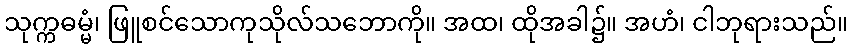
သုက္ကဓမ္မံ၊ ဖြူစင်သောကုသိုလ်သဘောကို။ အထ၊ ထိုအခါ၌။ အဟံ၊ ငါဘုရားသည်။